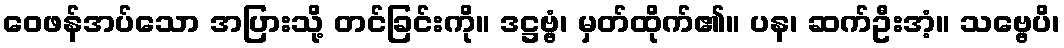
ဝေဖန်အပ်သော အပြားသို့ တင်ခြင်းကို။ ဒဋ္ဌဗ္ဗံ၊ မှတ်ထိုက်၏။ ပန၊ ဆက်ဦးအံ့။ သဗ္ဗေပိ၊